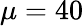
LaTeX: \mu=40